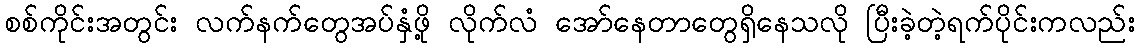
စစ်ကိုင်းအတွင်း လက်နက်တွေအပ်နှံဖို့ လိုက်လံ အော်နေတာတွေရှိနေသလို ပြီးခဲ့တဲ့ရက်ပိုင်းကလည်း